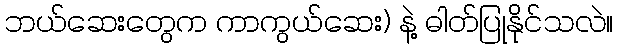
ဘယ်ဆေးတွေက ကာကွယ်ဆေး) နဲ့ ဓါတ်ပြုနိုင်သလဲ။